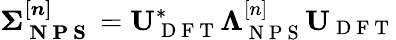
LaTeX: \boldsymbol{\Sigma_{\mathrm{~N~P~S~}}^{[n]}}=\mathbf{U}_{\mathrm{~D~F~T~}}^{*}\boldsymbol{\Lambda}_{\mathrm{~N~P~S~}}^{[n]}\mathbf{U}_{\mathrm{~D~F~T~}}